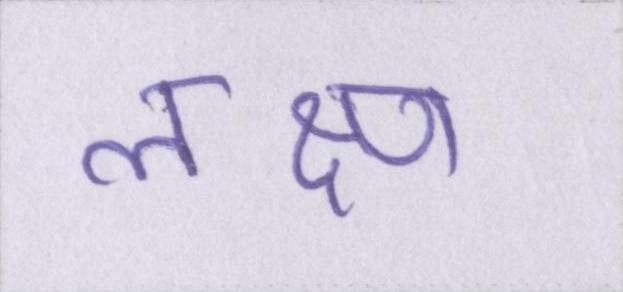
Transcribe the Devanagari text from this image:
लक्ष्ण